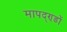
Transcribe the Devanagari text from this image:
मापद्ण्डों